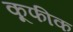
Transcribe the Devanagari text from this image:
कूफीक